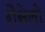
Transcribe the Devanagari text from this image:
रौसेलो